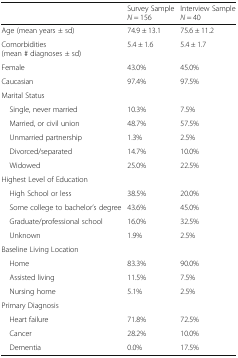
|  | Survey SampleN = 156 | Interview SampleN = 40 |
 | --- | --- | --- |
 | Age (mean years ± sd) | 74.9 ± 13.1 | 75.6 ± 11.2 |
 | Comorbidities (mean # diagnoses ± sd) | 5.4 ± 1.6 | 5.4 ± 1.7 |
 | Female | 43.0% | 45.0% |
 | Caucasian | 97.4% | 97.5% |
 | <COLSPAN=3> Marital Status |
 | Single, never married | 10.3% | 7.5% |
 | Married, or civil union | 48.7% | 57.5% |
 | Unmarried partnership | 1.3% | 2.5% |
 | Divorced/separated | 14.7% | 10.0% |
 | Widowed | 25.0% | 22.5% |
 | <COLSPAN=3> Highest Level of Education |
 | High School or less | 38.5% | 20.0% |
 | Some college to bachelor’s degree | 43.6% | 45.0% |
 | Graduate/professional school | 16.0% | 32.5% |
 | Unknown | 1.9% | 2.5% |
 | <COLSPAN=3> Baseline Living Location |
 | Home | 83.3% | 90.0% |
 | Assisted living | 11.5% | 7.5% |
 | Nursing home | 5.1% | 2.5% |
 | <COLSPAN=3> Primary Diagnosis |
 | Heart failure | 71.8% | 72.5% |
 | Cancer | 28.2% | 10.0% |
 | Dementia | 0.0% | 17.5% |